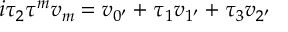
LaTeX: i \tau _ { 2 } \tau ^ { m } v _ { m } = v _ { 0 ^ { \prime } } + \tau _ { 1 } v _ { 1 ^ { \prime } } + \tau _ { 3 } v _ { 2 ^ { \prime } }